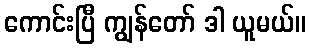
ကောင်းပြီ ကျွန်တော် ဒါ ယူမယ်။